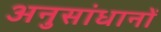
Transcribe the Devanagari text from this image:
अनुसांधानों